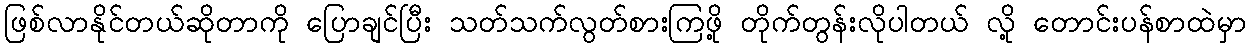
ဖြစ်လာနိုင်တယ်ဆိုတာကို ပြောချင်ပြီး သတ်သက်လွတ်စားကြဖို့ တိုက်တွန်းလိုပါတယ် လို့ တောင်းပန်စာထဲမှာ